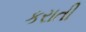
કરાતી